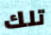
تلك